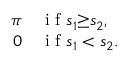
\begin{array} { r l } { \pi } & { { } \mathrm { ~ i ~ f ~ } s _ { 1 } { \geq } s _ { 2 } , } \\ { 0 } & { { } \mathrm { ~ i ~ f ~ } s _ { 1 } < s _ { 2 } . } \end{array}